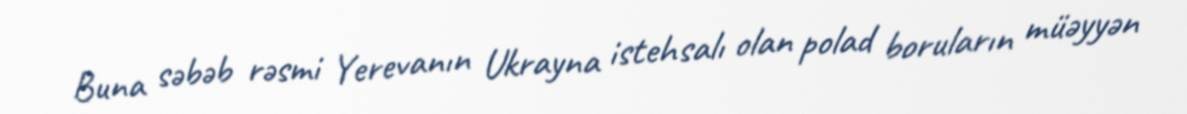
Buna səbəb rəsmi Yerevanın Ukrayna istehsalı olan polad boruların müəyyən